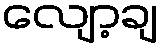
လျော့ချ